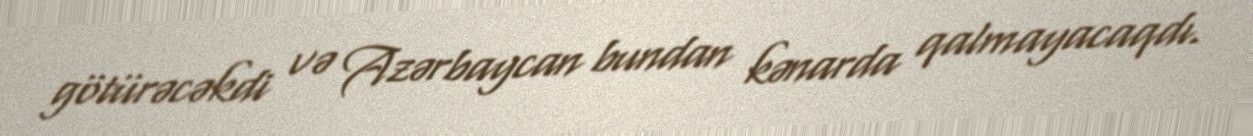
götürəcəkdi və Azərbaycan bundan kənarda qalmayacaqdı.